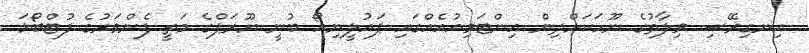
އިނގިރޭސި ވިލާތުގެ ނޫހަކަށްދިން އިންޓަވިއުއެއްގައި ޕައުލީނިއޯ ބުނީ ޔޫރަޕްގެ މަތީ ފެންވަރުގެ ފުޓްބޯޅަ